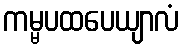
ကမ္မပထပေယျာလံ